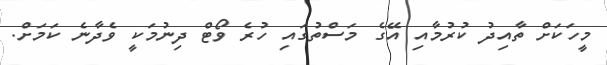
މީހަކަށް ތާއިދު ކުރުމާއި އޭގެ މަސްތުގައި ހުރެ ވޯޓް ދިނުމަކީ ވެދާނެ ކަމަށް.